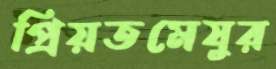
প্রিয়তমেষুর